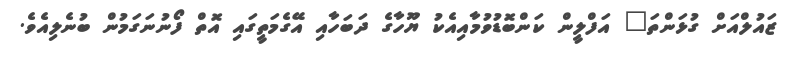
ޒައުލްއަށް ގުޅަންތަ" އަފްލީން ކަންބޮޑުވުމާއިއެކު ޔޫހާގެ ދަބަހާއި އޭގެމަތީގައި އޮތް ފޯނުނަގަމުން ބުނެލިއެވެ.